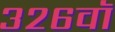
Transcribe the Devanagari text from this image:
३२६वॉ